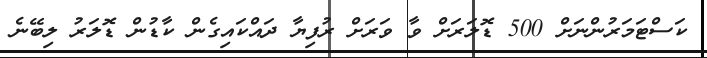
ކަސްޓަމަރުންނަށް 500 ޑޮލަރަށް ވާ ވަރަށް ރުފިޔާ ދައްކައިގެން ކާޑުން ޑޮލަރު ލިބޭނެ